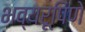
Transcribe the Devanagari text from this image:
भव्यरूपिणे